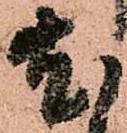
尤